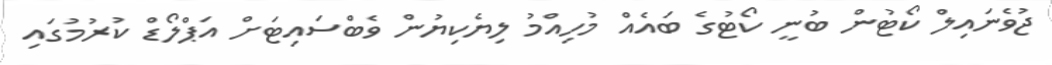
ޖުވެނައިލް ކޯޓުން ބުނީ ކޯޓުގެ ބައެއް މުހިއްމު ލިޔެކިޔުން ވެބްސައިޓަށް އަޕްލޯޑް ކުރުމުގައި